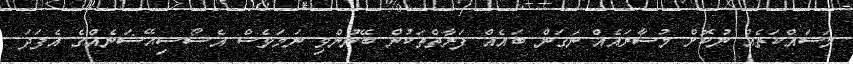
މަސައްކަތެއް ނުކޮށް މުސާރައެއް ނަގަން ބައެއް ފަރާތްތަކުން ބޭނުންވި ނަމަވެސް އެސޯސިއޭޝަނެއްގެ އެފަދަ